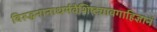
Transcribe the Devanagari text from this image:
विरुद्धनानाधर्मवैशिष्ट्यावगाहिज्ञानं